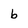
Character: b